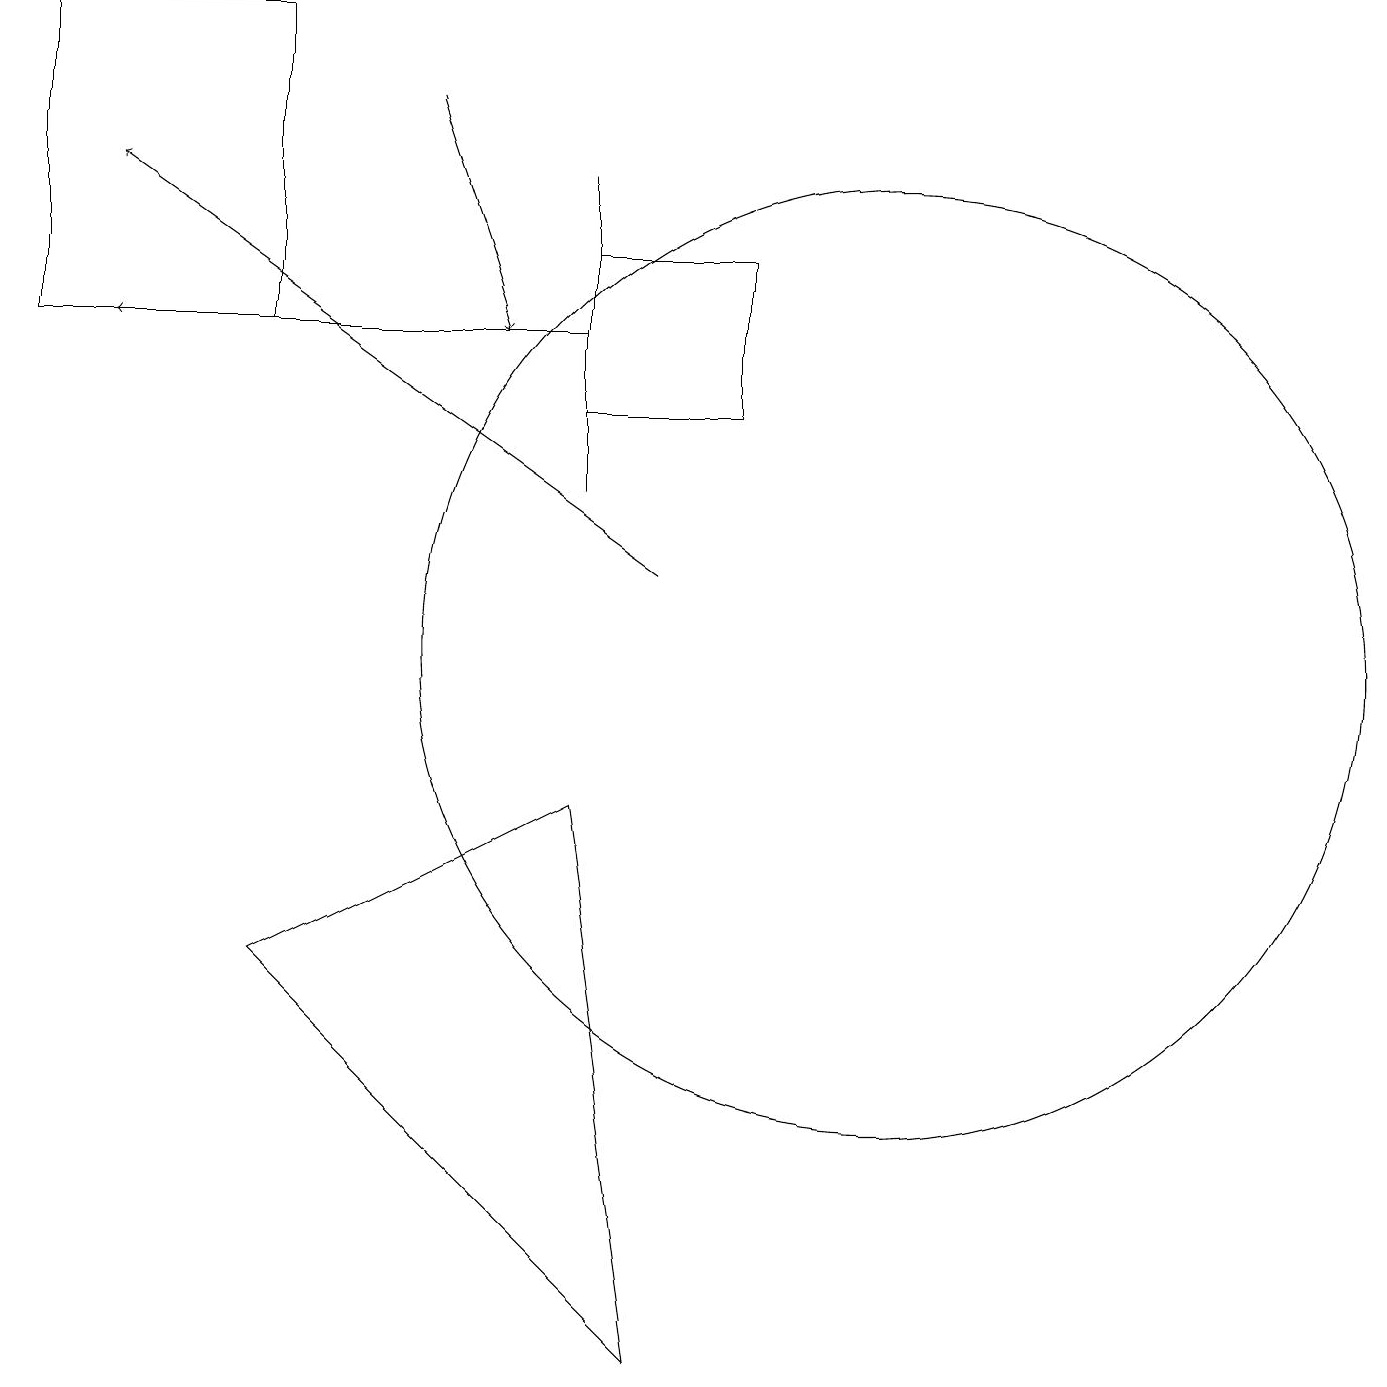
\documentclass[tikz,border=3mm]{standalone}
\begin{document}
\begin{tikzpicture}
\draw (7,13) rectangle (7,17);
\draw[->] (7,15) -- (1,15);
\draw[->] (8,12) -- (1,17);
\draw (7,9) -- (3,7) -- (8,2) -- cycle;
\draw (9,14) rectangle (7,16);
\draw (11,11) circle (6);
\draw[->] (5,18) -- (6,15);
\draw (3,19) rectangle (0,15);
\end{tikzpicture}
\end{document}